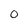
Character: O